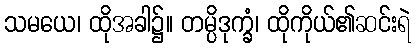
သမယေ၊ ထိုအခါ၌။ တမ္ပိဒုက္ခံ၊ ထိုကိုယ်၏ဆင်းရဲ